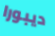
ديبورا